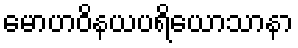
မောဟဝိနယပရိယောသာနာ